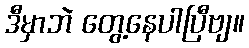
ဒီမှာဘဲ တွေ့နေပါပြီဗျ။